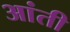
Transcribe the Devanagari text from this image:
आंती